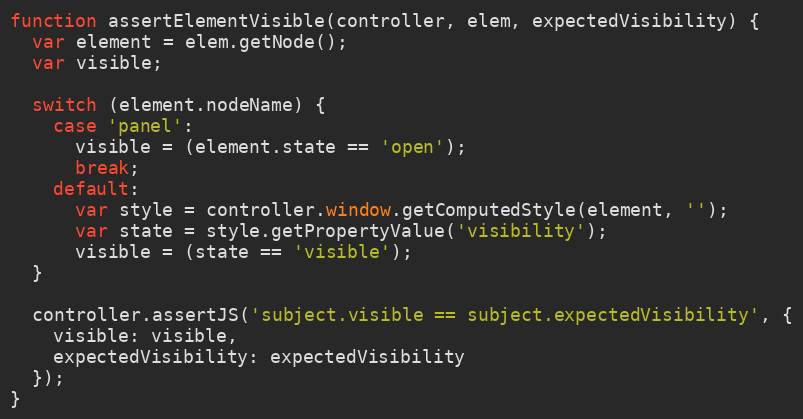
Language: JavaScript
function assertElementVisible(controller, elem, expectedVisibility) {
  var element = elem.getNode();
  var visible;

  switch (element.nodeName) {
    case 'panel':
      visible = (element.state == 'open');
      break;
    default:
      var style = controller.window.getComputedStyle(element, '');
      var state = style.getPropertyValue('visibility');
      visible = (state == 'visible');
  }

  controller.assertJS('subject.visible == subject.expectedVisibility', {
    visible: visible,
    expectedVisibility: expectedVisibility
  });
}